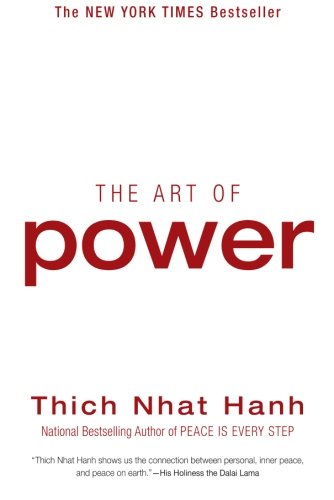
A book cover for The Art of Power; Thich Nhat Hanh; Religion & Spirituality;